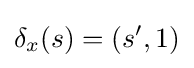
\delta _{x}(s)=(s',1)